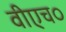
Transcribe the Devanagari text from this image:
वीएच०